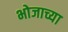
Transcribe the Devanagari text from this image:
भोजाच्या